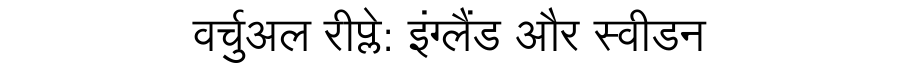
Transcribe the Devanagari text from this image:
वर्चुअल रीप्ले: इंग्लैंड और स्वीडन